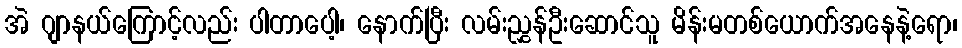
အဲ ဂျာနယ်ကြောင့်လည်း ပါတာပေါ့၊ နောက်ပြီး လမ်းညွှန်ဦးဆောင်သူ မိန်းမတစ်ယောက်အနေနဲ့ရော၊